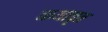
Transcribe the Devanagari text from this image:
कथावृत